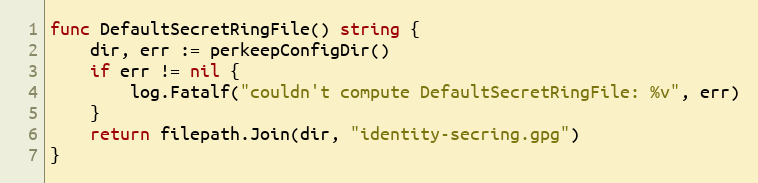
Language: Go
func DefaultSecretRingFile() string {
	dir, err := perkeepConfigDir()
	if err != nil {
		log.Fatalf("couldn't compute DefaultSecretRingFile: %v", err)
	}
	return filepath.Join(dir, "identity-secring.gpg")
}